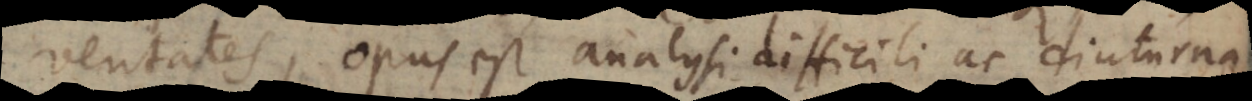
veritates, opus est analysi difficili ac diuturna,